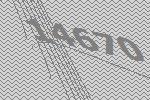
14670